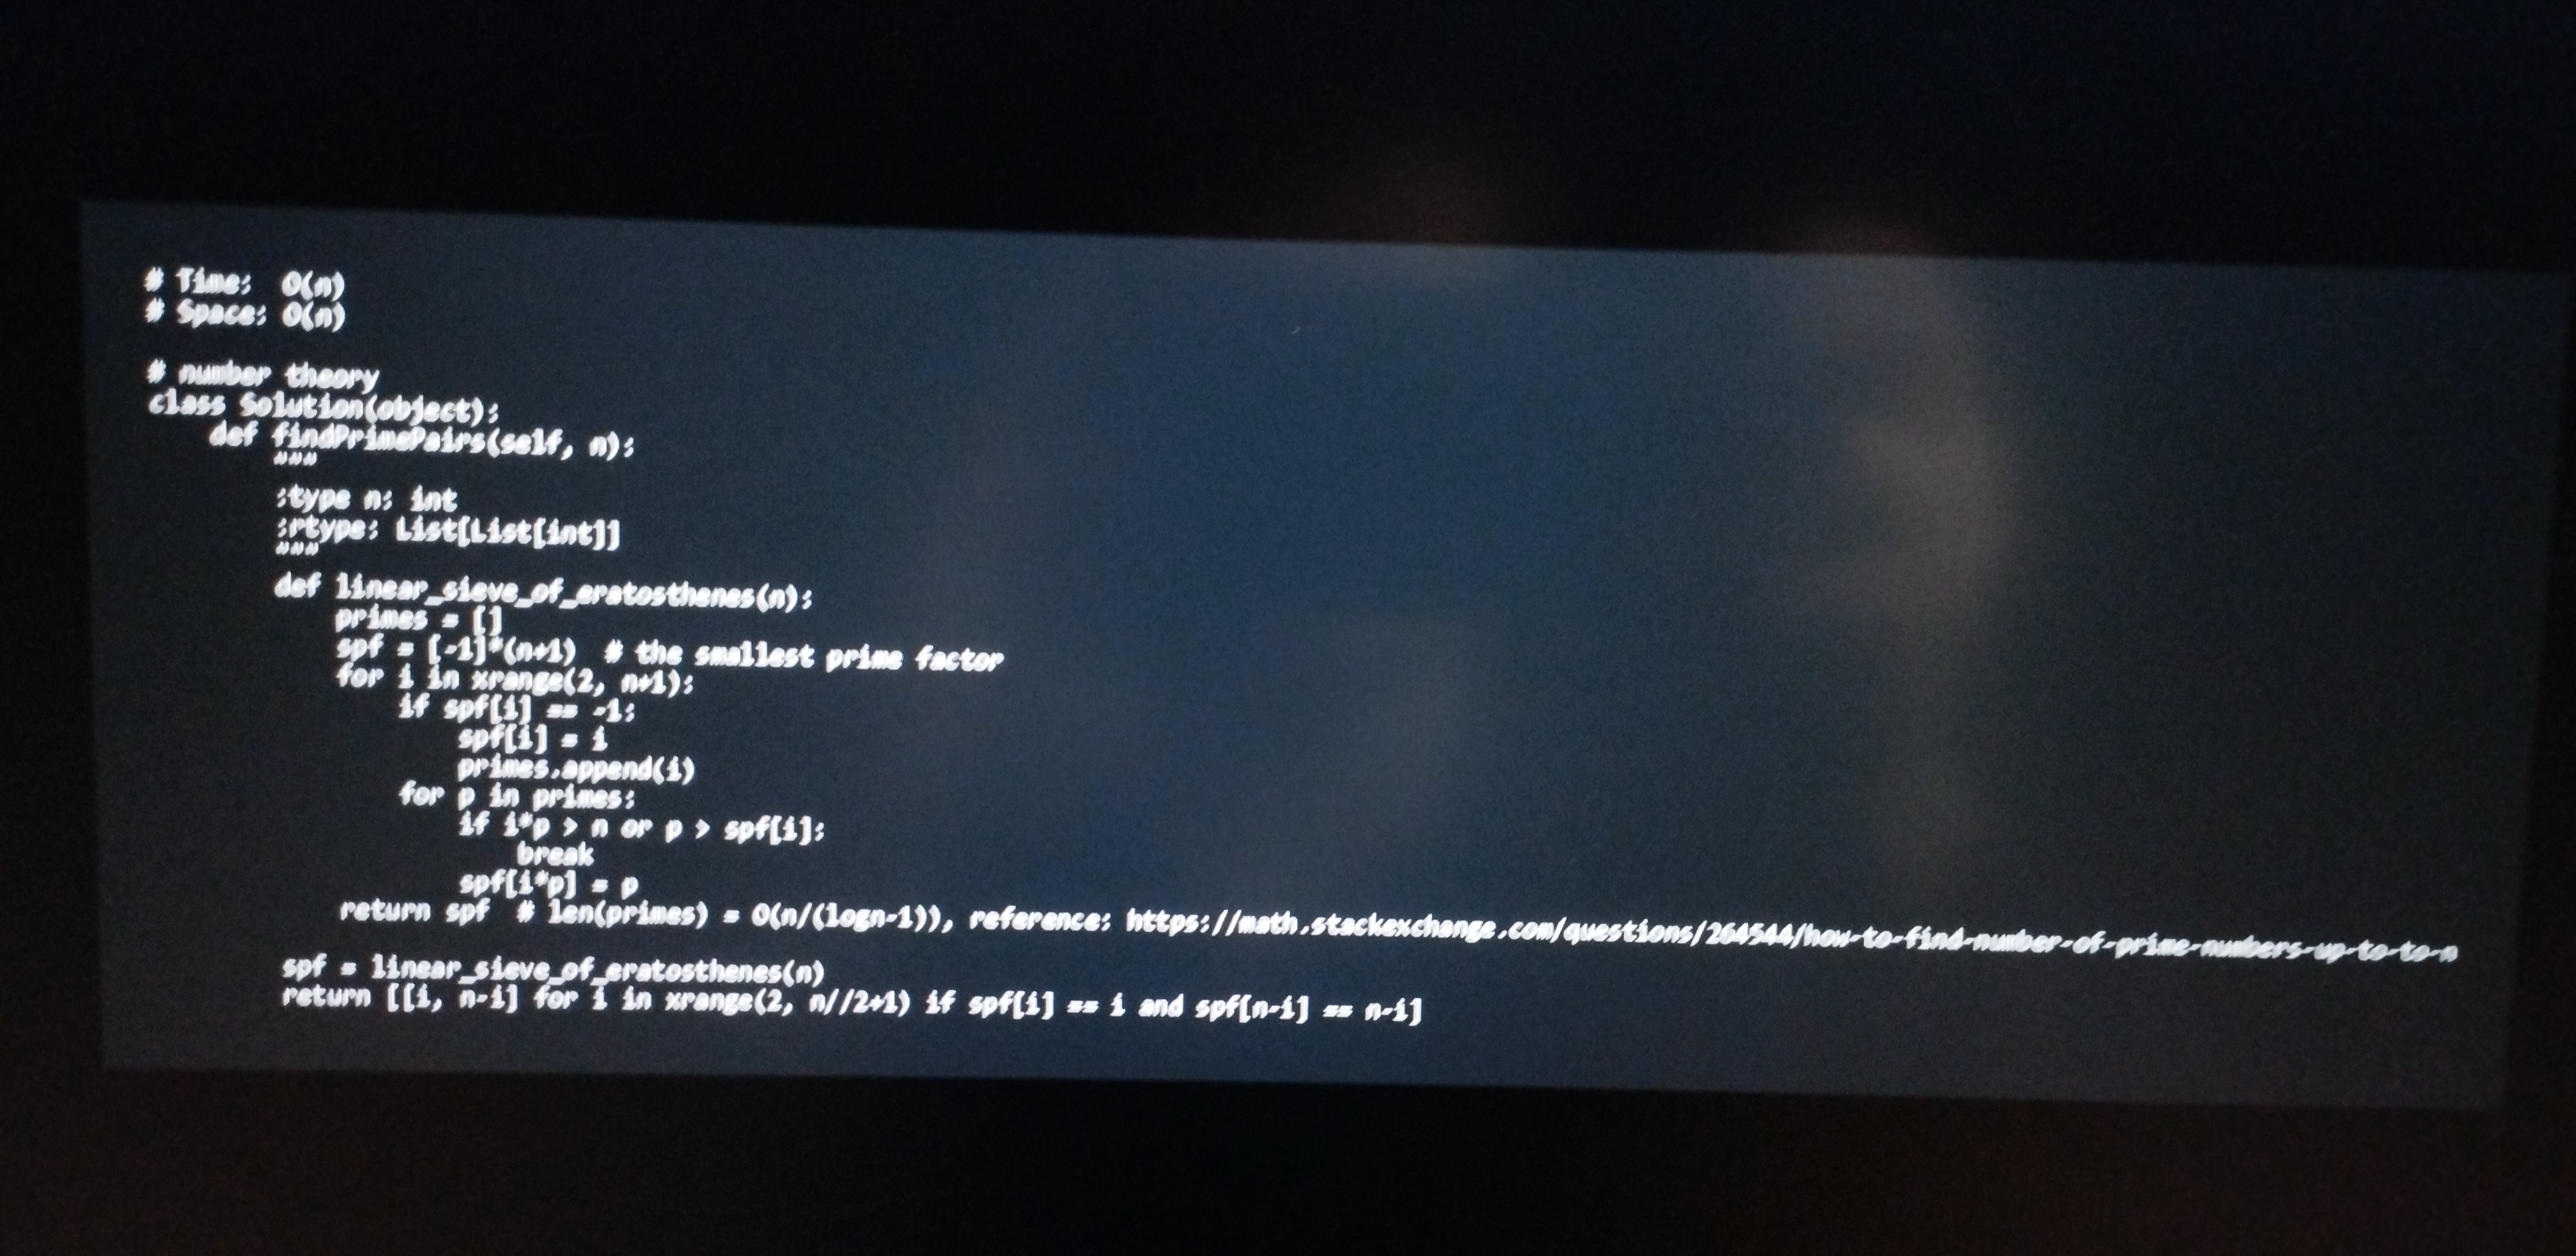
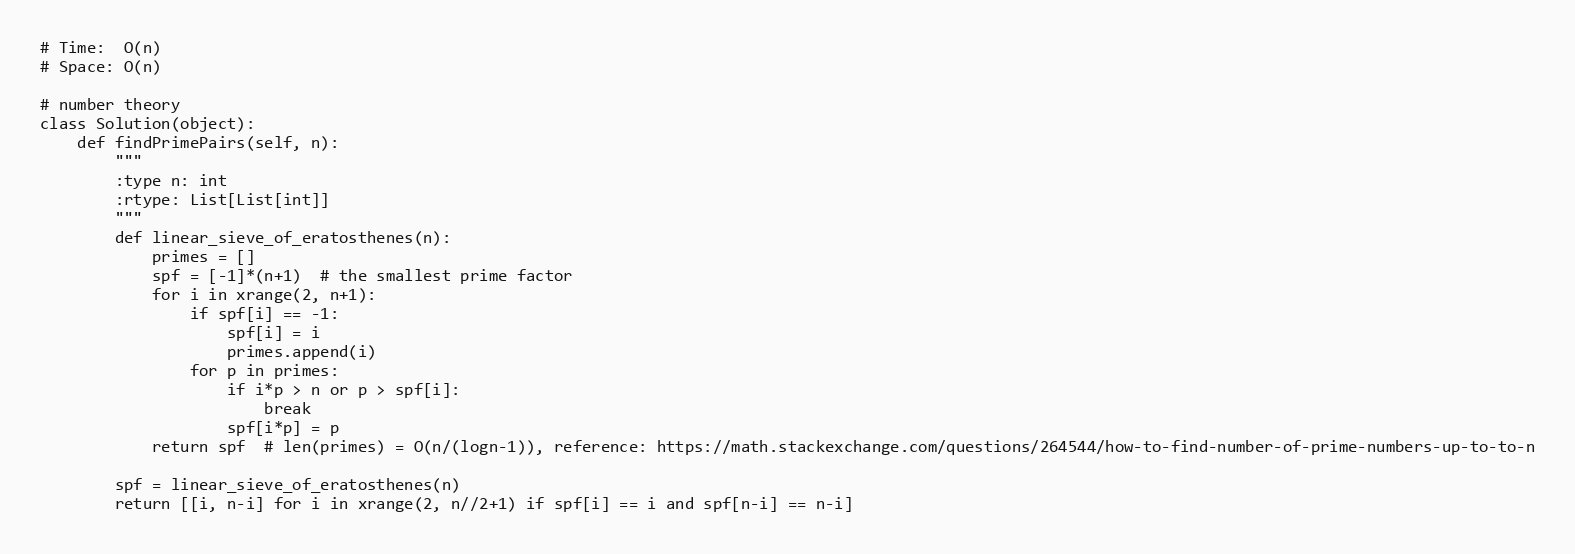
# Time:  O(n)
# Space: O(n)

# number theory
class Solution(object):
    def findPrimePairs(self, n):
        """
        :type n: int
        :rtype: List[List[int]]
        """
        def linear_sieve_of_eratosthenes(n):
            primes = []
            spf = [-1]*(n+1)  # the smallest prime factor
            for i in xrange(2, n+1):
                if spf[i] == -1:
                    spf[i] = i
                    primes.append(i)
                for p in primes:
                    if i*p > n or p > spf[i]:
                        break
                    spf[i*p] = p
            return spf  # len(primes) = O(n/(logn-1)), reference: https://math.stackexchange.com/questions/264544/how-to-find-number-of-prime-numbers-up-to-to-n

        spf = linear_sieve_of_eratosthenes(n)
        return [[i, n-i] for i in xrange(2, n//2+1) if spf[i] == i and spf[n-i] == n-i]